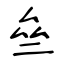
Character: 亝